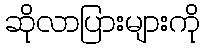
ဆိုလာပြားများကို